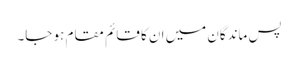
پس ماندگان میں ان کا قائم مقام ہو جا۔